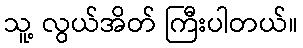
သူ့ လွယ်အိတ် ကြီးပါတယ်။